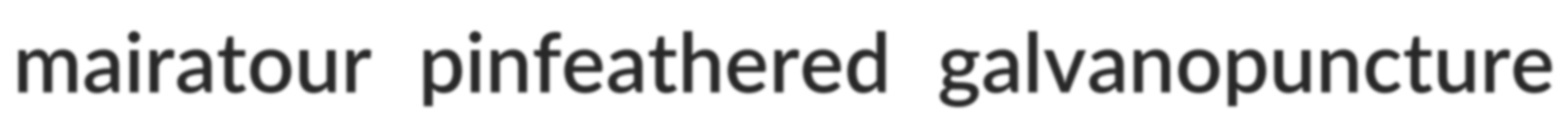
mairatour pinfeathered galvanopuncture